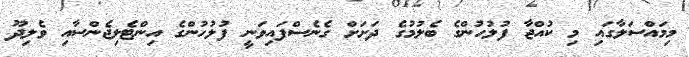
މިމައްސަލާގައި މި ކުއްޖާ ފުލުހުންގެ ބެލުމުގެ ދަށަށް ގެނެސްފައިވަނީ ފުލުހުންގެ އިންޓެލިޖެންސާއި ވެލިދޫ